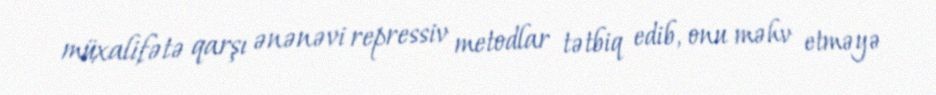
müxalifətə qarşı ənənəvi repressiv metodlar tətbiq edib, onu məhv etməyə